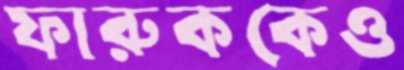
ফারুককেও